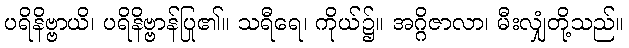
ပရိနိဗ္ဗာယိ၊ ပရိနိဗ္ဗာန်ပြု၏။ သရီရေ၊ ကိုယ်၌။ အဂ္ဂိဇာလာ၊ မီးလျှံတို့သည်။